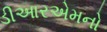
ડીઆરએમનો